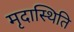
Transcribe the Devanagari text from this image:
मृदास्थिति